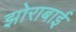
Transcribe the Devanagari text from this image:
झोराबाई